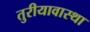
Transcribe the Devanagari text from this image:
तुरीयावास्था